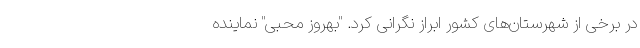
در برخی از شهرستان‌های کشور ابراز نگرانی کرد. "بهروز محبی" نماینده